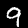
Digit: 9